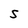
Character: S